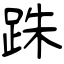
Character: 跦